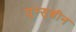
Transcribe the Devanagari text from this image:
चूम्सूबीन